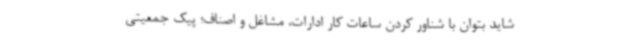
شاید بتوان با شناور کردن ساعات کار ادارات، مشاغل و اصناف؛ پیک جمعیتی